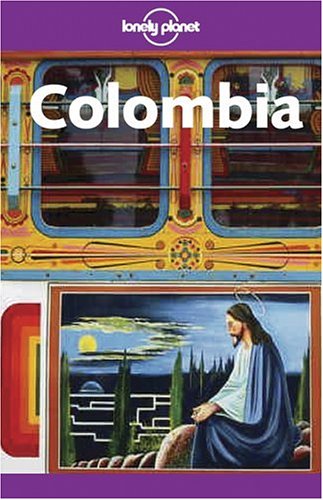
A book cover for Lonely Planet Colombia; Krzysztof Dydynski; Travel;